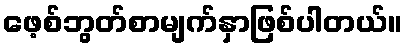
ဖေ့စ်ဘွတ်စာမျက်နှာဖြစ်ပါတယ်။